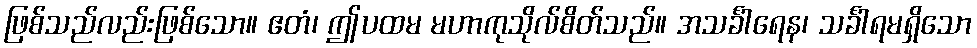
ဖြစ်သည်လည်းဖြစ်သော။ ဧတံ၊ ဤပထမ မဟာကုသိုလ်စိတ်သည်။ အသင်္ခါရေန၊ သင်္ခါရမရှိသော